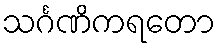
သင်္ဂဏိကရတော